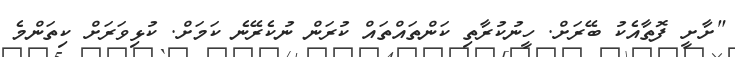
"ށާށީ ފޮތާއެކު ބޭރަށް. ހީނުކުރާތި ކަންތައްތައް ކުރަން ނުކެރޭނެ ކަމަށް. ކުޅިވަރަށް ކިތަންމެ